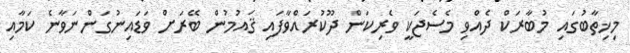
މިޚިތާބުގައިި މުބާރަކް ދެއްވި މެސެޖަކީ ވެރިކަން ދޫކުރައްވާފައި ޤައުމުން ބޭރަށް ވަޑައިނުގަންނަވާނެ ކަމާއި